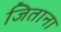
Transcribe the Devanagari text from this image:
जिताना